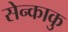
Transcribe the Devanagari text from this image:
सेन्काकु